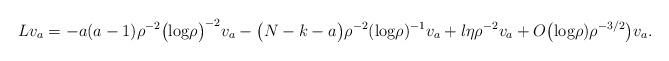
LaTeX: \begin{align*}Lv_a= -a(a-1) \rho^{-2}\bigl(\textrm{log} \rho\bigl)^{-2} v_a - \bigl(N-k-a\bigl) \rho^{-2} (\textrm{log} \rho)^{-1} v_a + \l \eta \rho^{-2}v_a+ O\bigl(\textrm{log} \rho) \rho^{-3/2}\bigl)v_a.\end{align*}